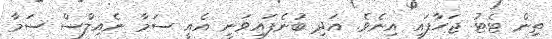
ތިން ޓެޓު ޖަހާފައި އިނެވެ. އަދި ބުނެފައިވަނީ އެއީ ސަމާ ނެއިލްސް ސަމާ